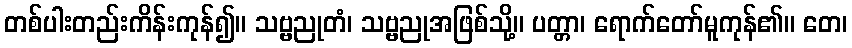
တစ်ပါးတည်းကိန်းကုန်၍။ သဗ္ဗညုတံ၊ သဗ္ဗညုအဖြစ်သို့။ ပတ္တာ၊ ရောက်တော်မူကုန်၏။ တေ၊